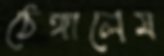
ঠেঙ্গালেম